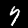
Digit: 7